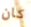
كان